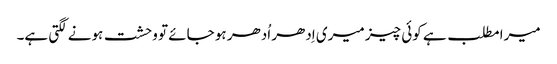
میرا مطلب ہے کوئی چیز میری اِدھر اُدھر ہو جائے تو وحشت ہونے لگتی ہے۔